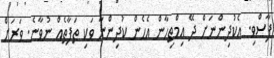
ފާސްވި. އެކުދިންނަށް ދޭ އިމްތިހާން އެހެން ކުދިންނާ ވަކި ތަފާތެއް ނުވާނެ. ވަރަށް